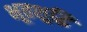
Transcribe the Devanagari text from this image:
भूतशुद्धि